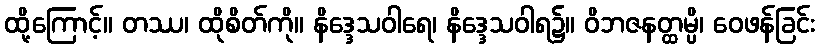
ထို့ကြောင့်။ တဿ၊ ထိုစိတ်ကို။ နိဒ္ဒေသဝါရေ၊ နိဒ္ဒေသဝါရ၌။ ဝိဘဇနတ္ထမ္ပိ၊ ဝေဖန်ခြင်း